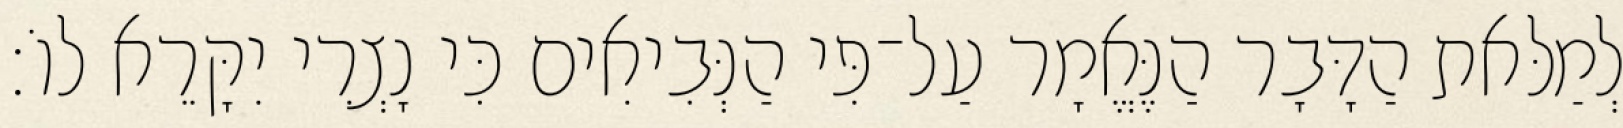
לְמַלּאת הַדָּבָר הַנֶּאֱמָר עַל־פִּי הַנְּבִיאִים כִּי נָצְרִי יִקָּרֵא לוֹ׃